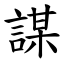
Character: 謀